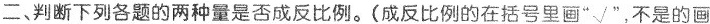
二、判断下列各题的两种量是否成反比例。(成反比例的在括号里画”√”，不是的画